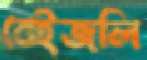
বেইজলি